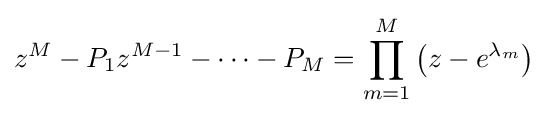
z^{M}-P_{1}z^{M-1}-\dots -P_{M}=\prod _{m=1}^{M}\left(z-e^{\lambda _{m}}\right)